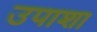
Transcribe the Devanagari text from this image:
उपाशा